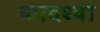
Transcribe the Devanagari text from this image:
कादश्यां